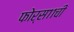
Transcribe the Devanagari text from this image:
फोर्स११ची